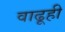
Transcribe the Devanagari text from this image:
वाढूही